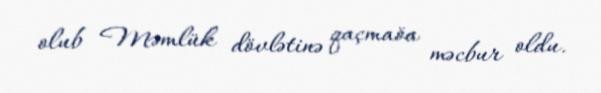
olub Məmlük dövlətinə qaçmaöa məcbur oldu.